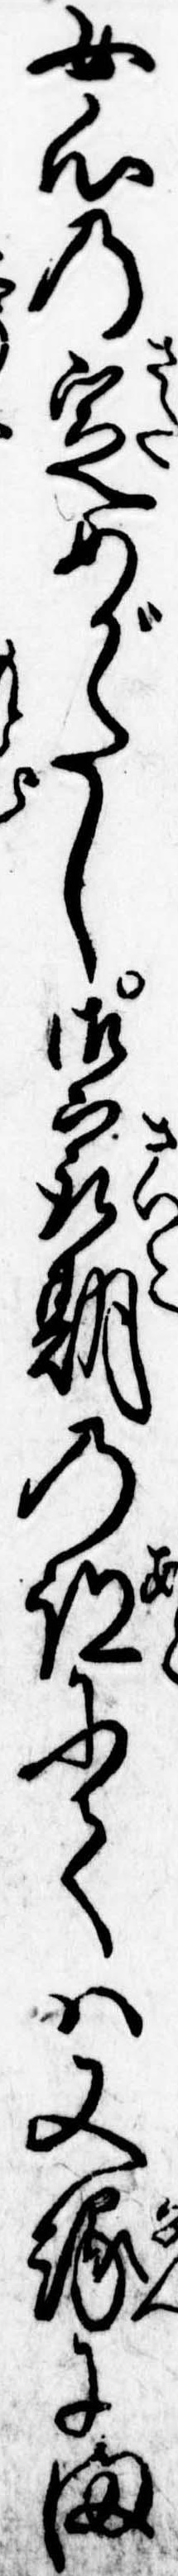
女心の定めがたし御最後の跡にては又縁にま